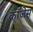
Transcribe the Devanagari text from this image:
कॉजेस